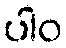
ပါဝ